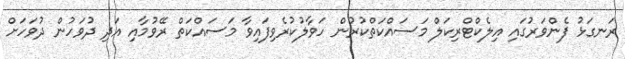
ރަނގަޅު ފެންވަރުގައި އިލެކްޓްރިކަލް މަސައްކަތްކުރުން ހަވާލުކުރެވިފައިވާ މަސައްކަތް ރޭވުމާއި އަދި ދުވަހުން ދުވަހަށް